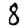
Digit: 8